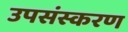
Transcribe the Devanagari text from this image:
उपसंस्करण